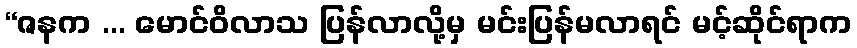
“ဇနက ... မောင်ဝိလာသ ပြန်လာလို့မှ မင်းပြန်မလာရင် မင့်ဆိုင်ရာက